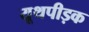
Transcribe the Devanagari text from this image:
यूथपीड़क